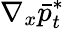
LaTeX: \nabla_{x}\bar{p}_{t}^{*}